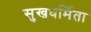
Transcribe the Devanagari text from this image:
सुखधर्मिता